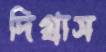
দিগ্বাস